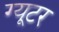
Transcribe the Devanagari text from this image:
ग्यूटर